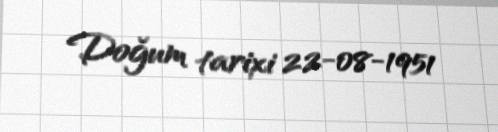
Doğum tarixi 22-08-1951